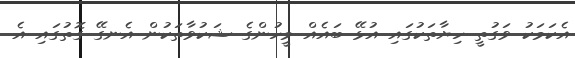
އެކަމަކު ވަގުތީ ހިޔާތަކުގައި އުޅޭ ބައެއް މީހުންގެ ޝަކުވާތަކުން އެނގޭ ގޮތުގައި އެ